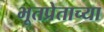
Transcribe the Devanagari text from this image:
भूतप्रेताच्या